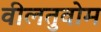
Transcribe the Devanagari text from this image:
वीलतुवोम